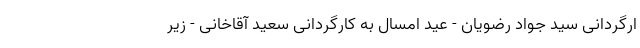
ارگردانی سید جواد رضویان - عید امسال به کارگردانی سعید آقاخانی - زیر